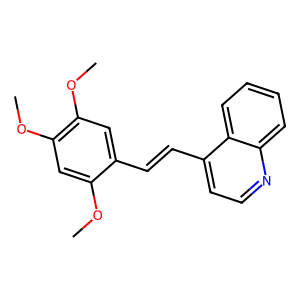
SMILES: COc1cc(OC)c(OC)cc1C=Cc1ccnc2ccccc12
Inhibits HIV replication: No